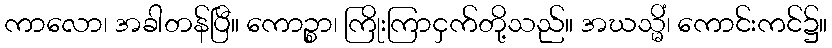
ကာလော၊ အခါတန်ပြီ။ ကောဉ္စာ၊ ကြိုးကြာငှက်တို့သည်။ အဃသ္မိံ၊ ကောင်းကင်၌။